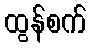
ထွန်စက်